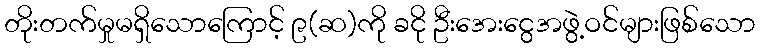
တိုးတက်မှုမရှိသောကြောင့် ၉(ဆ)ကို ခငို ဦးအေးငွေအဖွဲ့ဝင်များဖြစ်သော